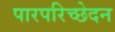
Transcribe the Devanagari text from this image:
पारपरिच्छेदन